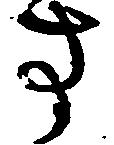
す